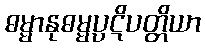
ဓမ္မာနုဓမ္မပ္ပဋိပတ္တိယာ